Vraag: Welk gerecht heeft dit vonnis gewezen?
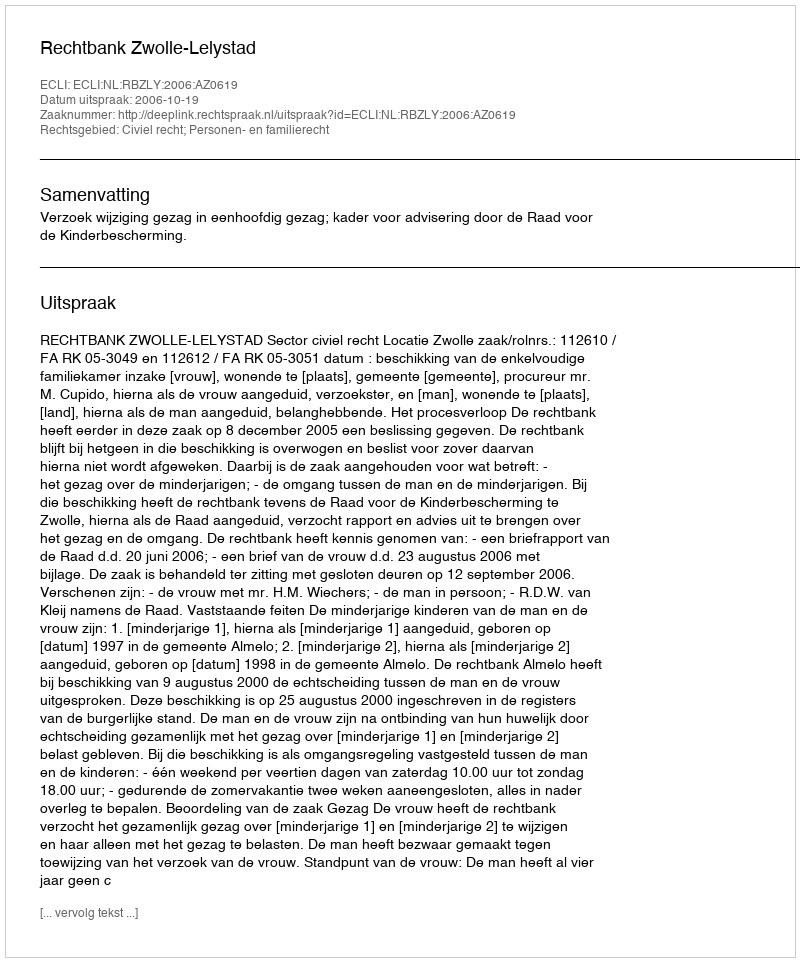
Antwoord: Rechtbank Zwolle-Lelystad